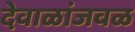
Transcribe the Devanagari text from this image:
देवाळांजवळ